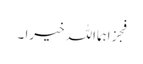
فجزاہمااللہ خیرا ۔